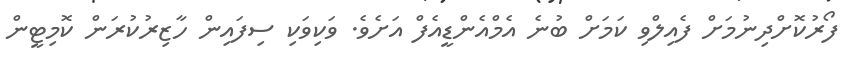
ފޯރުކޮށްދިނުމަށް ފެއިލްވި ކަމަށް ބުނެ އެމްއެންޑީއެފް އަށެވެ. ވަކިވަކި ސިފައިން ހާޒިރުކުރަން ކޮމިޓީން